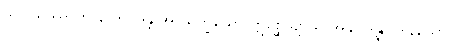
သပ္ပါယဿာတိ နာဘိဝဒိန္တိ အာယုက္ခယော ဣစ္ဆေယျာသိ အနုပါဒိန္နုပါဒါနိယော